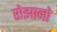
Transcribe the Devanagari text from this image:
रोझानो